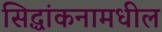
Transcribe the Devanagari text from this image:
सिद्धांकनामधील